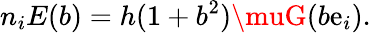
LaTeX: n_{i}E(b)=h(1+b^{2})\muG(b\mathrm{e}_{i}).